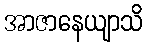
အာဇာနေယျာသိ